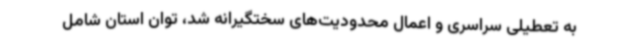
به تعطیلی سراسری و اعمال محدودیت‌های سختگیرانه شد، توان استان شامل